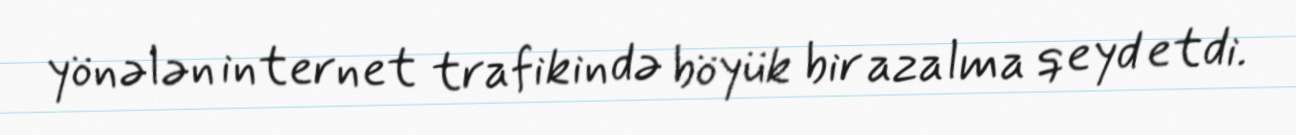
yönələn internet trafikində böyük bir azalma qeyd etdi.